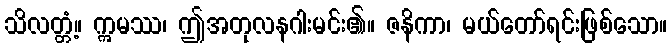
သိလတ္တံ့။ ဣမဿ၊ ဤအတုလနဂါးမင်း၏။ ဇနိကာ၊ မယ်တော်ရင်းဖြစ်သော။